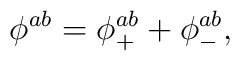
\phi ^{ab}=\phi _{+}^{ab}+\phi _{-}^{ab},